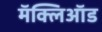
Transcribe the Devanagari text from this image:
मॅक्लिऑड